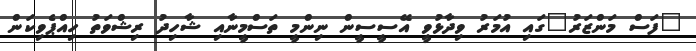
"ފަސް މަންޒަރު"ގައި އުމަރު ވިދާޅުވީ އޭސީސީން ނިންމީ ތަސްމީނާއި ޝާހިދު ރިޝްވަތު ހިއްޕެވިކަން